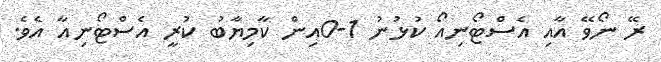
ރޭ ނޯވޭ އާއި އެސްޓޯނިއޯ ކުޅުނު 1-0އިން ކާމިޔާބު ކުރީ އެސްޓޯނިއާ އެވެ.